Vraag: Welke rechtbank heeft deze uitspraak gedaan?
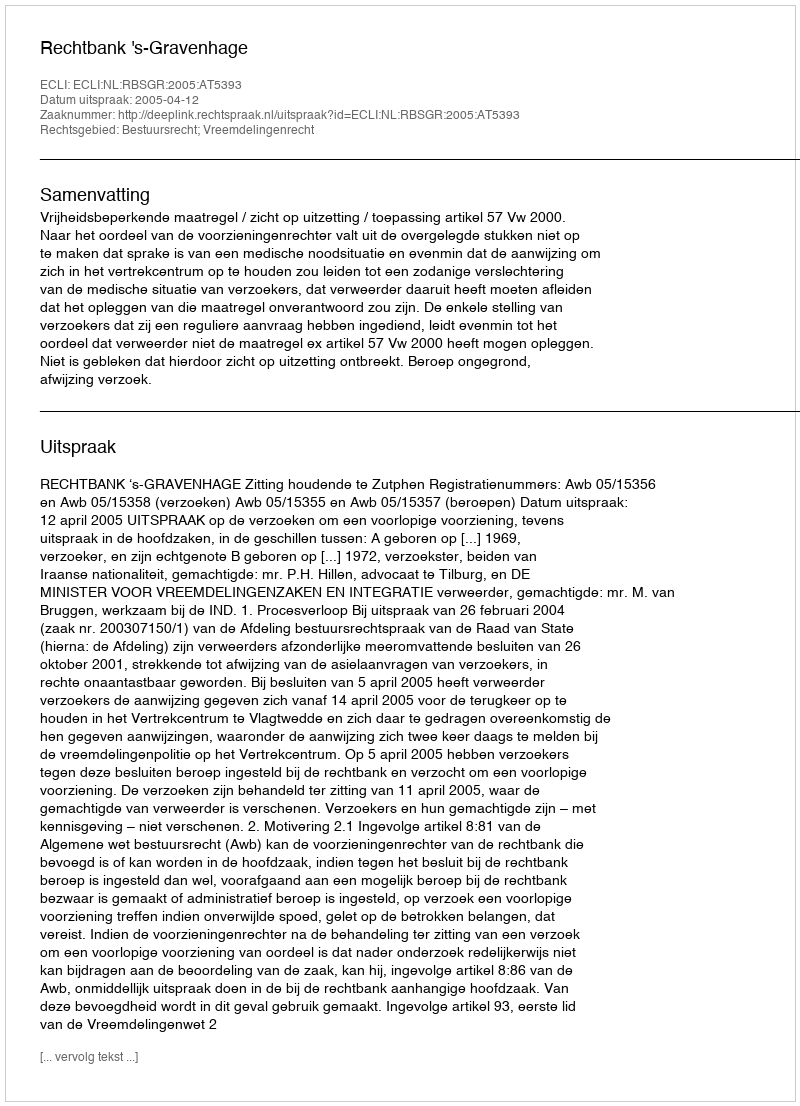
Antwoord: Rechtbank 's-Gravenhage